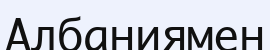
Албаниямен